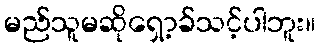
မည်သူမဆိုရှော့ခ်သင့်ပါဘူး။